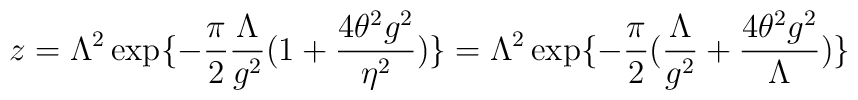
z=\Lambda^2\exp\{-\frac{\pi}{2}\frac{\Lambda}{g^2}(1+\frac{4\theta^2 g^2}{\eta^2})\}=\Lambda^2\exp\{-\frac{\pi}{2}(\frac{\Lambda}{g^2}+\frac{4\theta^2 g^2}{\Lambda})\}